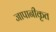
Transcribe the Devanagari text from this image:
जापानीकृत